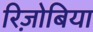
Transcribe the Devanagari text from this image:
रिज़ोबिया